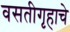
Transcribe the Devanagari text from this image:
वसतीगृहाचे